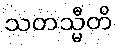
သတသ္မီတိ